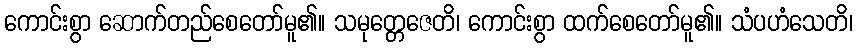
ကောင်းစွာ ဆောက်တည်စေတော်မူ၏။ သမုတ္တေဇေတိ၊ ကောင်းစွာ ထက်စေတော်မူ၏။ သံပဟံသေတိ၊